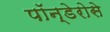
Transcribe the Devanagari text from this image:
पॉन्डेरोसे